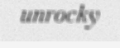
unrocky